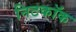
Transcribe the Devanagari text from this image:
निटकॉक